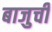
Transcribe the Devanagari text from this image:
बाजुची